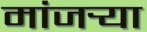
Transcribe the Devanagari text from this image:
मांजर्‍या